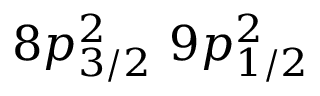
8 p _ { 3 / 2 } ^ { 2 } \, \, 9 p _ { 1 / 2 } ^ { 2 }